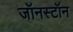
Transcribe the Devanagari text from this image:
जॉनस्टॉन